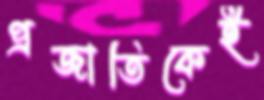
প্রজাতিকেই